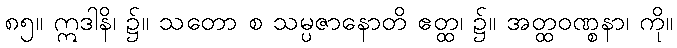
၈၅။ ဣဒါနိ၊ ၌။ သတော စ သမ္ပဇာနောတိ ဧတ္ထ၊ ၌။ အတ္ထဝဏ္စနာ၊ ကို။